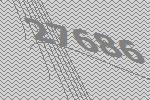
27686